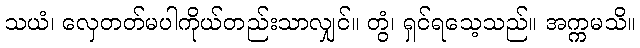
သယံ၊ လှေတတ်မပါကိုယ်တည်းသာလျှင်။ တွံ၊ ရှင်ရသေ့သည်။ အက္ကမသိ။